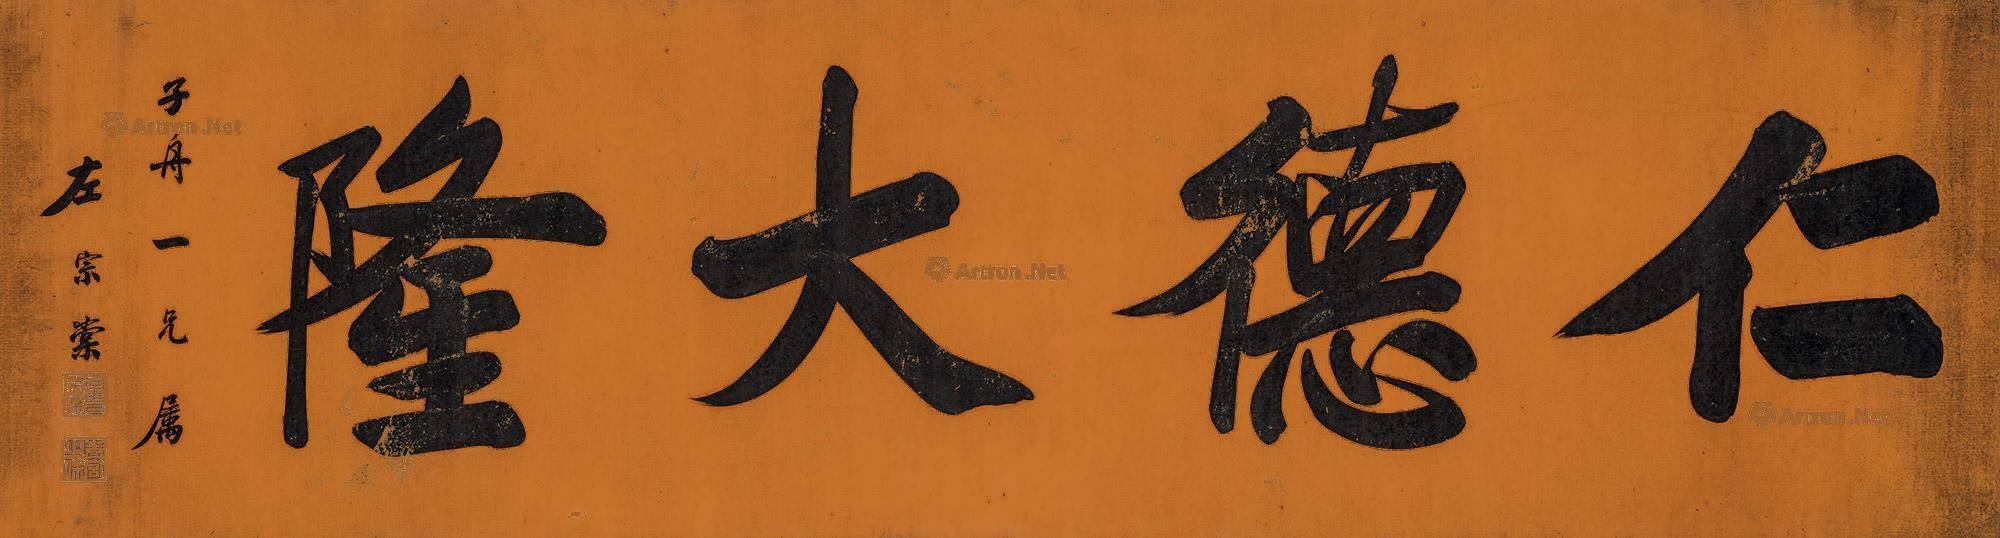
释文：仁德大隆子舟一兄属。左宗棠。